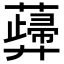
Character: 𧁻